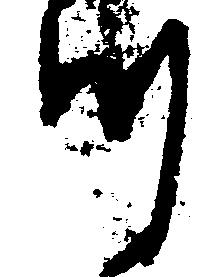
つ